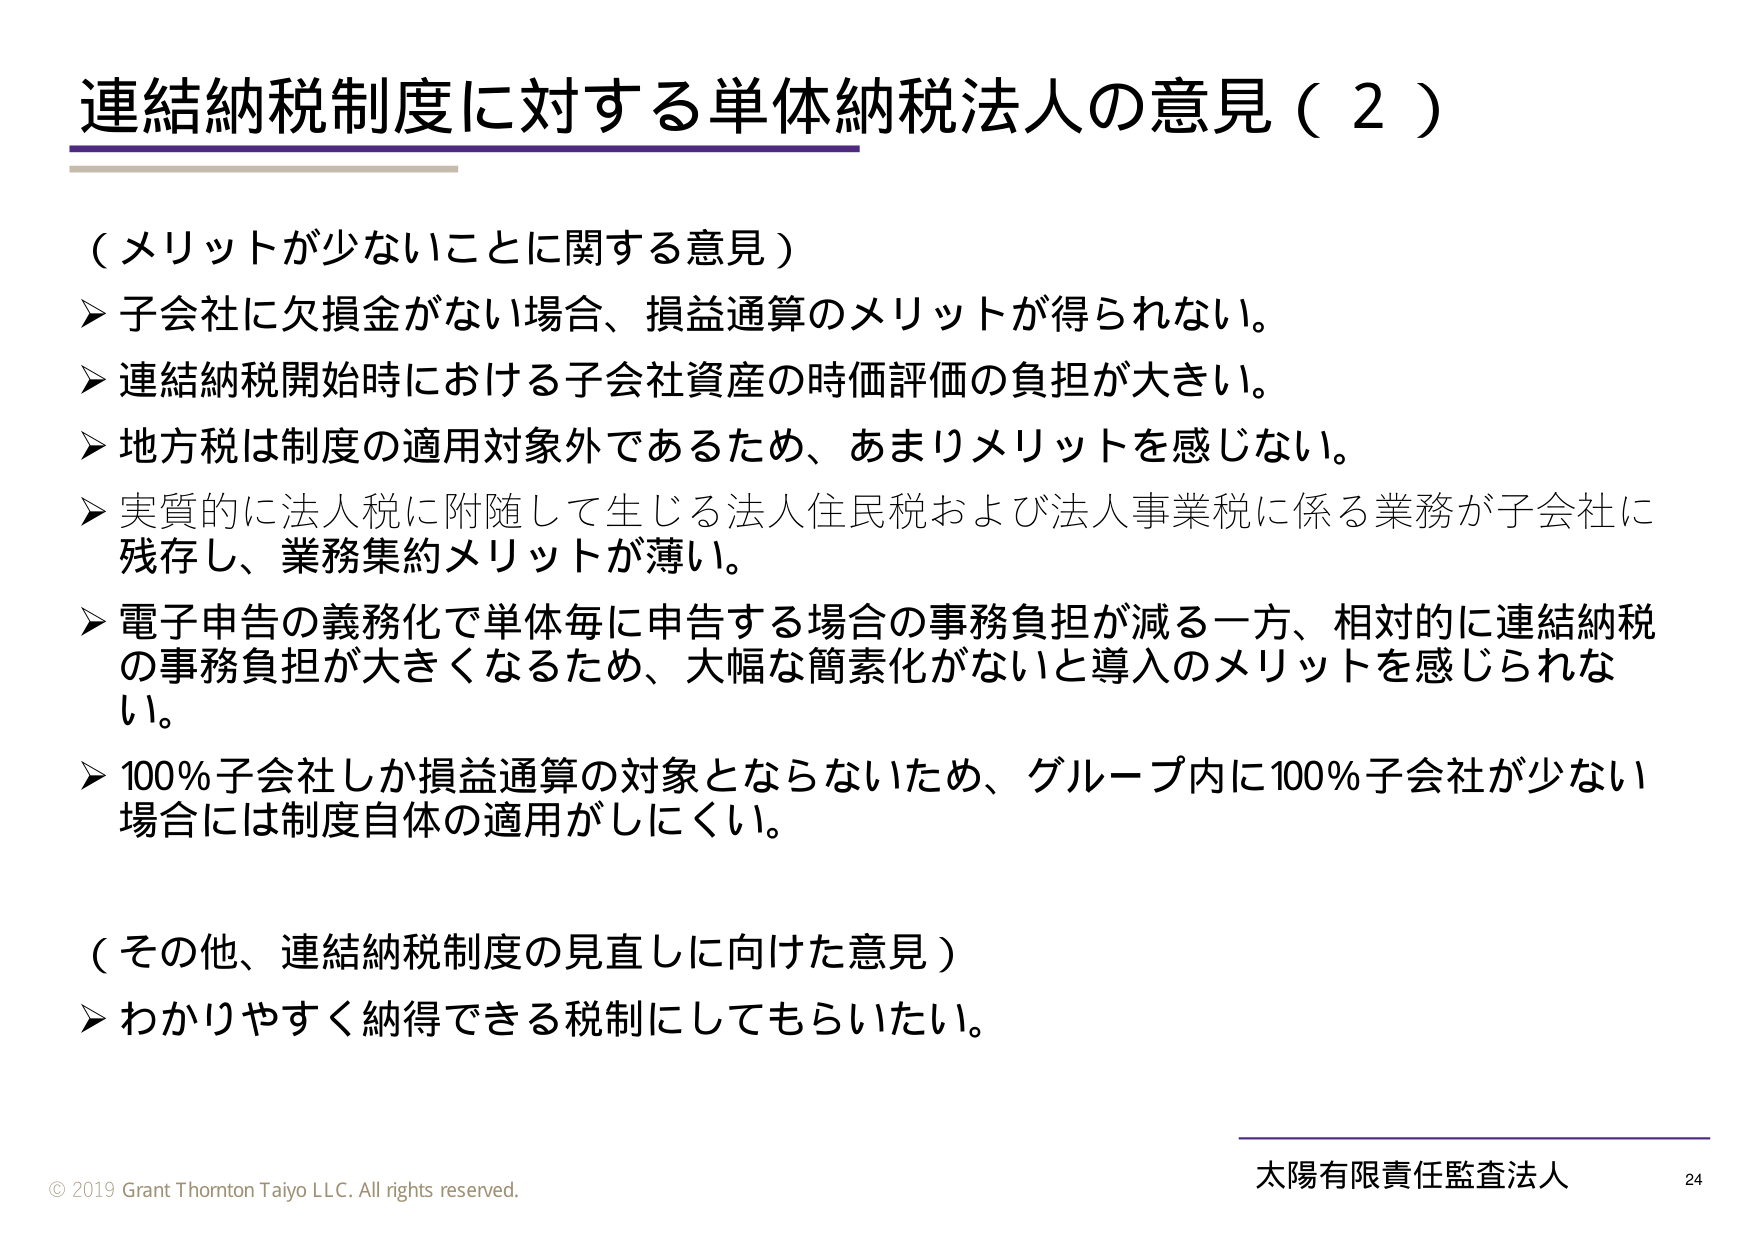
連結納税制度に対する単体納税法人の意見（２）

（メリットが少ないことに関する意見）
▶ 子会社に欠損金がない場合、損益通算のメリットが得られない。
▶ 連結納税開始時における子会社資産の時価評価の負担が大きい。
▶ 地方税は制度の適用対象外であるため、あまりメリットを感じない。
▶ 実質的に法人税に附随して生じる法人住民税および法人事業税に係る業務が子会社に残存し、業務集約メリットが薄い。
▶ 電子申告の義務化で単体毎に申告する場合の事務負担が減る一方、相対的に連結納税の事務負担が大きくなるため、大幅な簡素化がないと導入のメリットを感じられない。
▶ 100％子会社しか損益通算の対象とならないため、グループ内に100％子会社が少ない場合には制度自体の適用がしにくい。

（その他、連結納税制度の見直しに向けた意見）
▶ わかりやすく納得できる税制にしてもらいたい。

© 2019 Grant Thornton Taiyo LLC. All rights reserved.
太陽有限責任監査法人 24